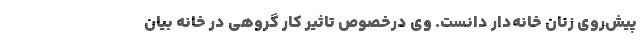
پیش‌روی زنان خانه‌دار دانست. وی درخصوص تاثیر کار گروهی در خانه بیان